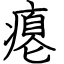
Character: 瘪